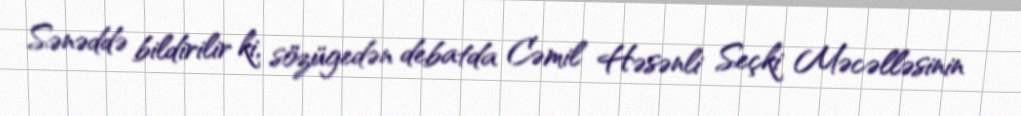
Sənəddə bildirilir ki, sözügedən debatda Cəmil Həsənli Seçki Məcəlləsinin